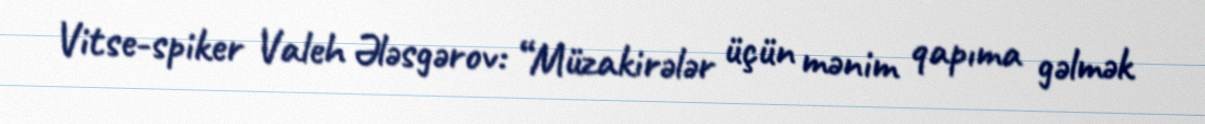
Vitse-spiker Valeh Ələsgərov: “Müzakirələr üçün mənim qapıma gəlmək